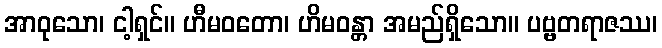
အာဝုသော၊ ငါ့ရှင်။ ဟီမဝတော၊ ဟိမဝန္တာ အမည်ရှိသော။ ပဗ္ဗတရာဇဿ၊